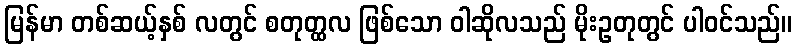
မြန်မာ တစ်ဆယ့်နှစ် လတွင် စတုတ္ထလ ဖြစ်သော ဝါဆိုလသည် မိုးဥတုတွင် ပါဝင်သည်။